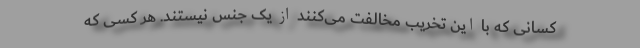
کسانی که با این تخریب مخالفت می‌کنند از یک جنس نیستند. هر کسی که